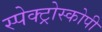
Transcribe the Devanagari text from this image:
स्‍पेक्‍ट्रोस्‍कोपी